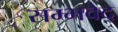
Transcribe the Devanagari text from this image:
सम्भवेद्